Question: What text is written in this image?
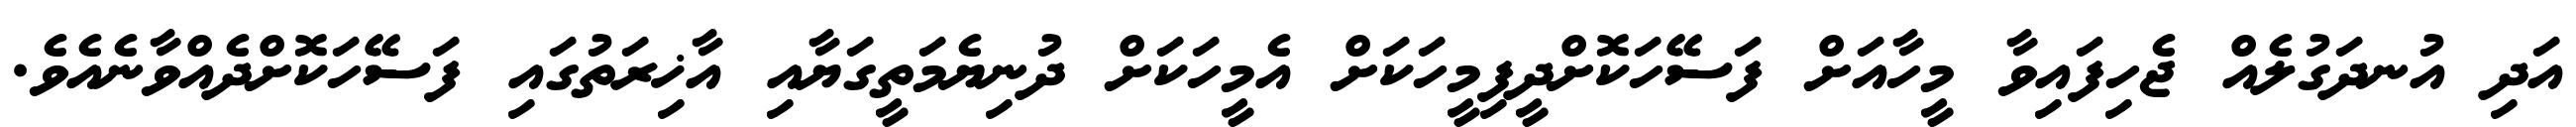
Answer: އަދި އުނދަގުލެއް ޖެހިފައިވާ މީހާއަށް ފަސޭހަކޮށްދީފިމީހަކަށް އެމީހަކަށް ދުނިޔެމަތީގަޔާއި އާޚިރަތުގައި ފަސޭހަކޮށްދެއްވާނެއެވެ.